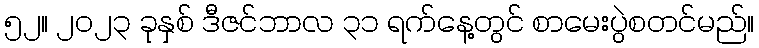
၅၂။ ၂၀၂၃ ခုနှစ် ဒီဇင်ဘာလ ၃၁ ရက်နေ့တွင် စာမေးပွဲစတင်မည်။